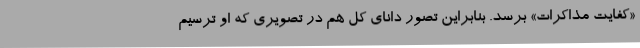
«کفایت مذاکرات» برسد. بنابراین تصور دانای کل هم در تصویری که او ترسیم